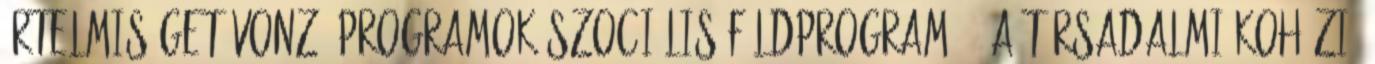
Értelmiséget vonzó programok Szociális földprogram 17 A társadalmi kohézió